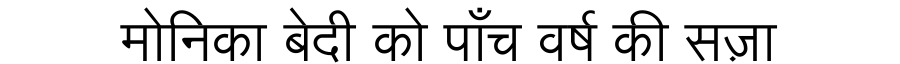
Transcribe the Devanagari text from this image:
मोनिका बेदी को पाँच वर्ष की सज़ा